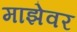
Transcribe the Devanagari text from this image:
माझेवर